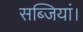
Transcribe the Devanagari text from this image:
सब्जियां।